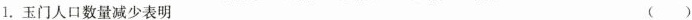
1.玉门人口数量减少表明 ( )